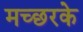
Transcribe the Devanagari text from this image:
मच्छरके